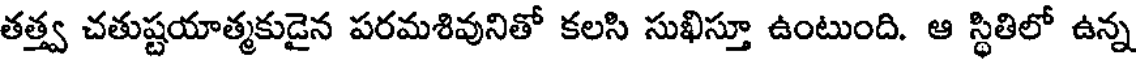
తత్త్వ చతుష్టయాత్మకుడైన పరమశివునితో కలసి సుఖిస్తూ ఉంటుంది. ఆ స్థితిలో ఉన్న